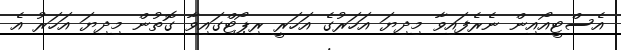
އެސްޓީއޯއިން ނެރެފައިވާ މިދިޔަ އަހަރުގެ އަހަރީ ރިޕޯޓްގައިވާ ގޮތުން މިދިޔަ އަހަރު އެ